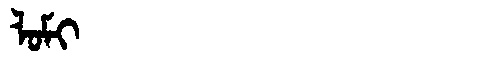
Manchu: ᠯᠣᠮᡳ
Romanization: LOMI